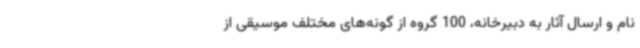
نام و ارسال آثار به دبیرخانه، 100 گروه از گونه‌های مختلف موسیقی از